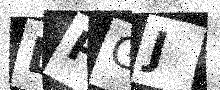
Text: DPGJ